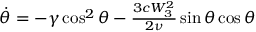
\begin{array} { r } { \dot { \theta } = - \gamma \cos ^ { 2 } \theta - \frac { 3 c W _ { 3 } ^ { 2 } } { 2 \nu } \sin \theta \cos \theta } \end{array}